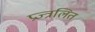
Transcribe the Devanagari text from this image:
प्रज्त्रलित